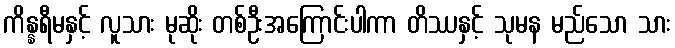
ကိန္နရီမနှင့် လူသား မုဆိုး တစ်ဦးအကြောင်းပါကာ တိဿနှင့် သုမန မည်သော သား